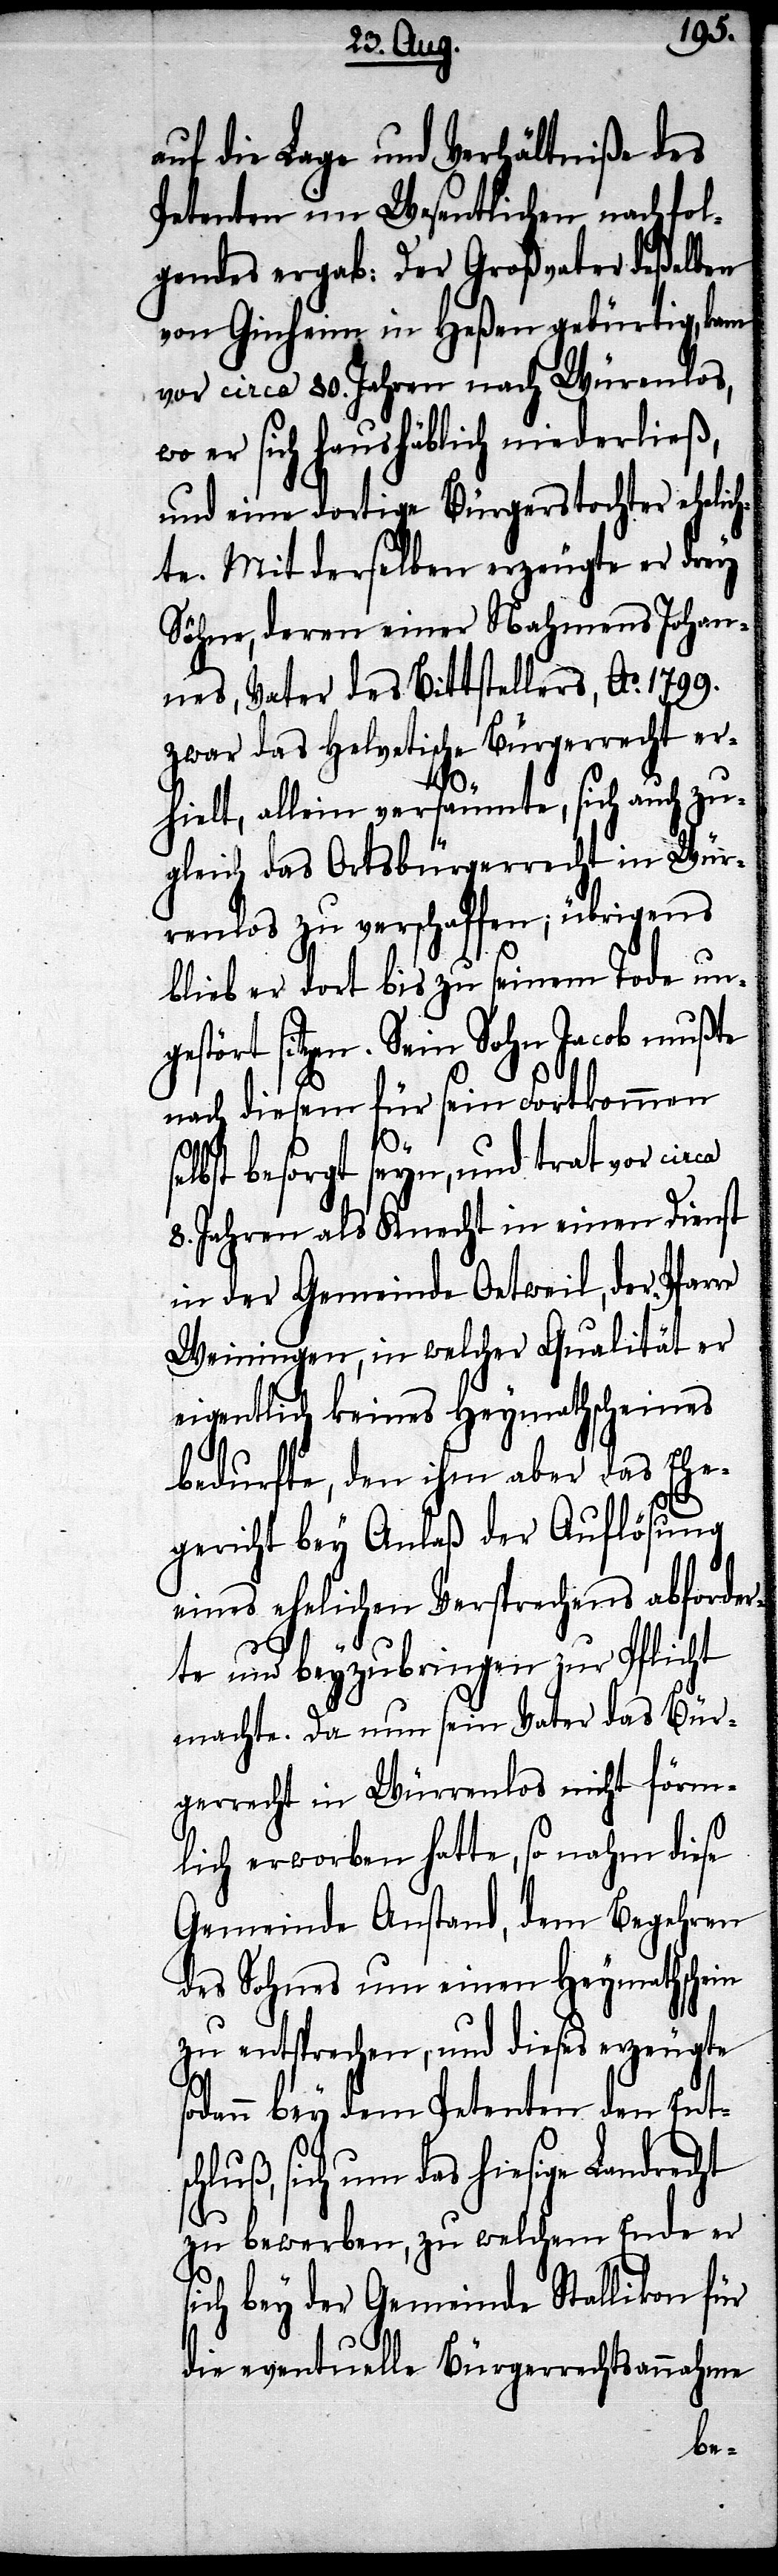
auf die Lage und Verhältniße des
Petenten im Wesentlichen nachfol¬
gendes ergab: Der Großvater deßelben
von Ginheim in Heßen gebürtig, kam
vor circa 80. Jahren nach Würenlos,
wo er sich haushäblich niederließ,
und eine dortige Bürgerstochter ehelich¬
te. Mit derselben erzeugte er drey
Söhne, deren einer Nahmens Johan¬
nes, Vater des Bittstellers, Ao. 1799.
zwar das helvetische Bürgerrecht er¬
so¬
hielt, allein versäumte, sich auch zu¬
gleich das Ortsbürgerrecht in Wür¬
renlos [sic!] zu verschaffen; übrigens
blieb er dort bis zu seinem Tode un¬
gestört sitzen. Sein Sohn Jacob mußte
nach diesem für sein Fortkommen
cht
selbst besorgt seyn, und trat vor circa
8. Jahren als Knecht in einen Dienst
in der Gemeinde Oetweil, der Pfarre
Weiningen, in welcher Qualität er
eigentlich keines Heymathscheines
bedurfte, den ihm aber das Ehe¬
gericht bey Anlaß der Auflösung
eines ehelichen Versprechens abforder¬
te und beyzubringen zur Pflicht
machte. Da nun sein Vater das Bür¬
gerrecht in Würrenlos nicht förm¬
lich erworben hatte, so nahm diese
Gemeinde Anstand, dem Begehren
des Sohnes um einen Heymathschein
zu entsprechen, und dieses erzeugte
dann bey dem Petenten den Entsc¬
hluß, sich um das hiesige Landre¬
zu bewerben, zu welchem Ende er
sich bey der Gemeinde Stallikon für
die eventuelle Bürgerrechtsannahme